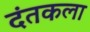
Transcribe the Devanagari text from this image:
दंतकला